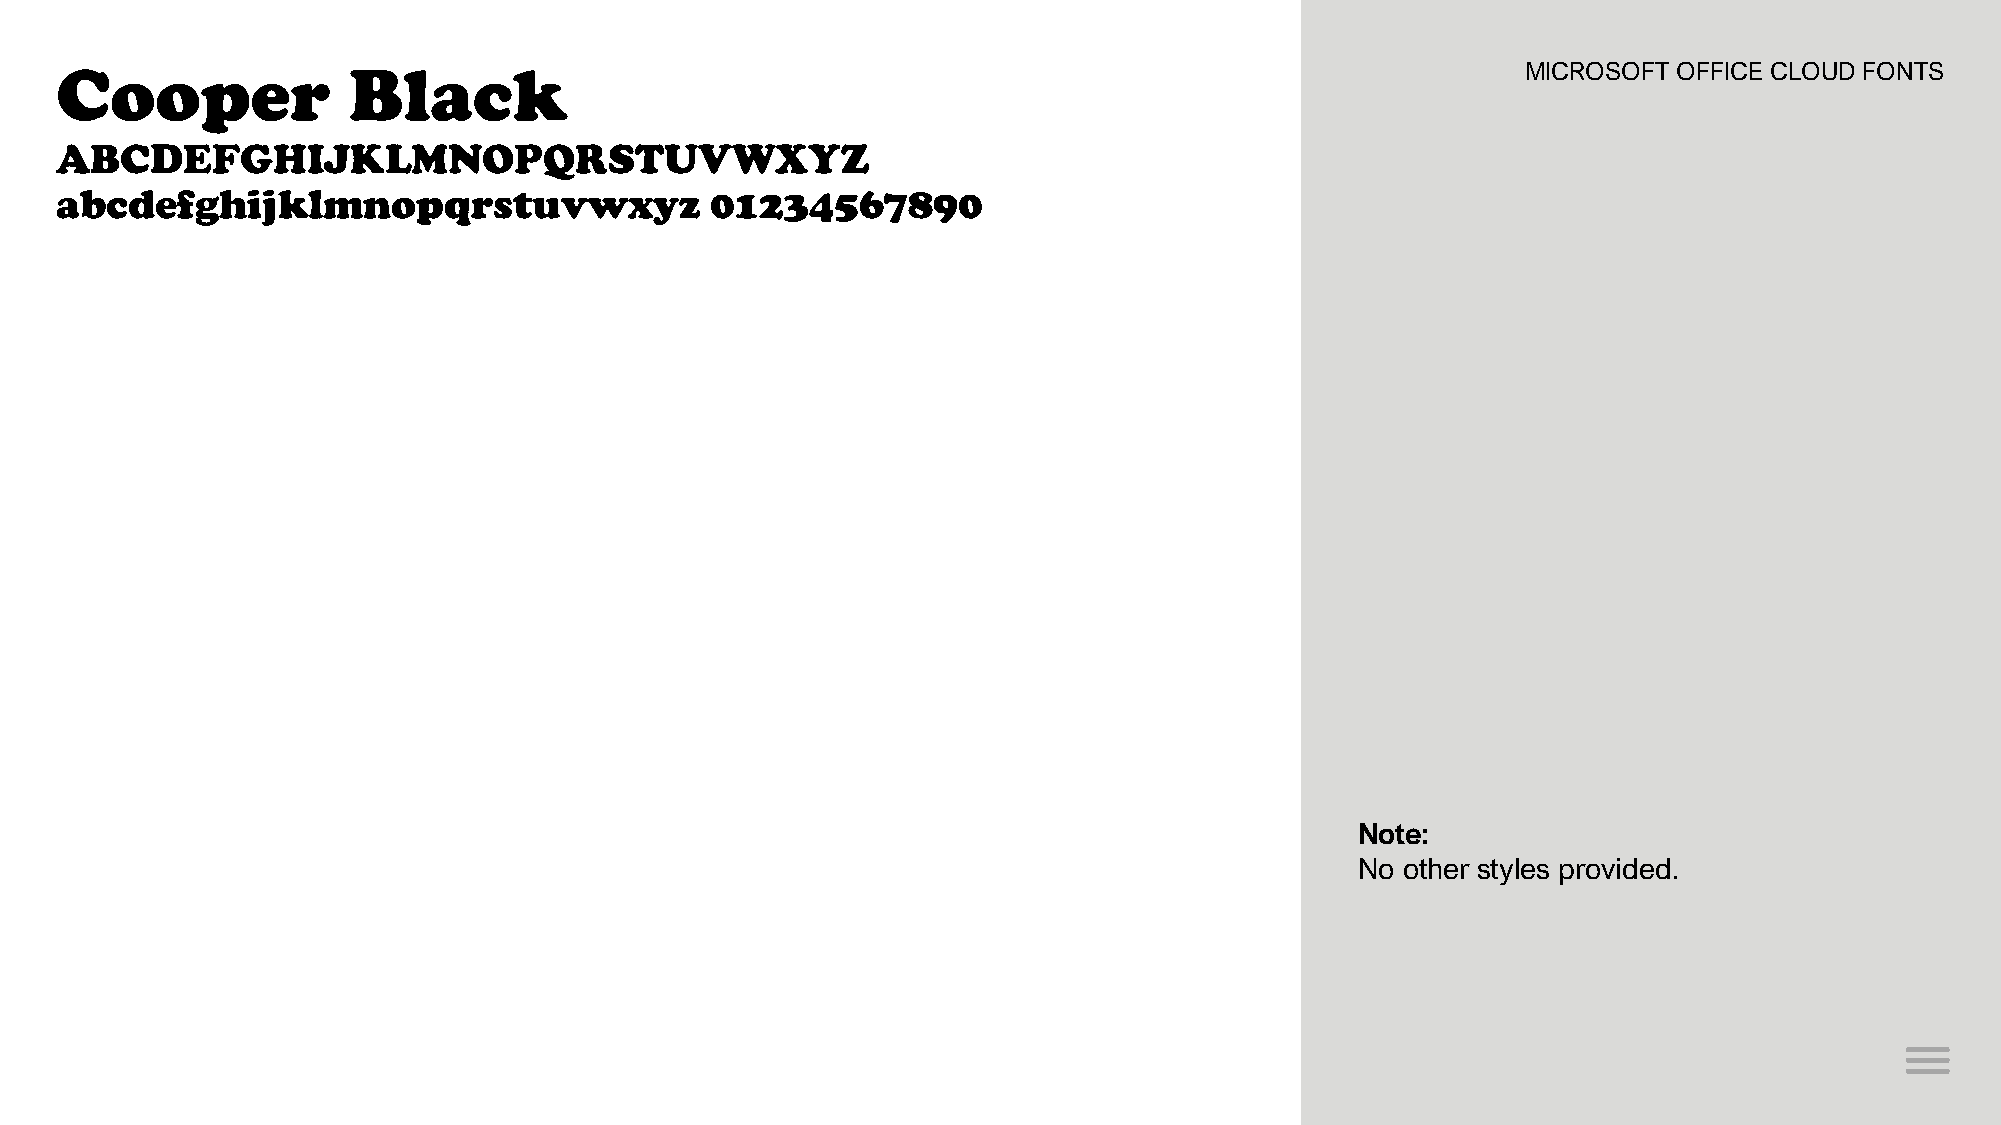
Cooper             Black                                                                         MICROSOFT OFFICE CLOUD FONTS
 ABCDEFGHIJKLMNOPQRSTUVWXYZ
 abcdefghijklmnopqrstuvwxyz                 01234567890
 Note:
 No other styles provided.